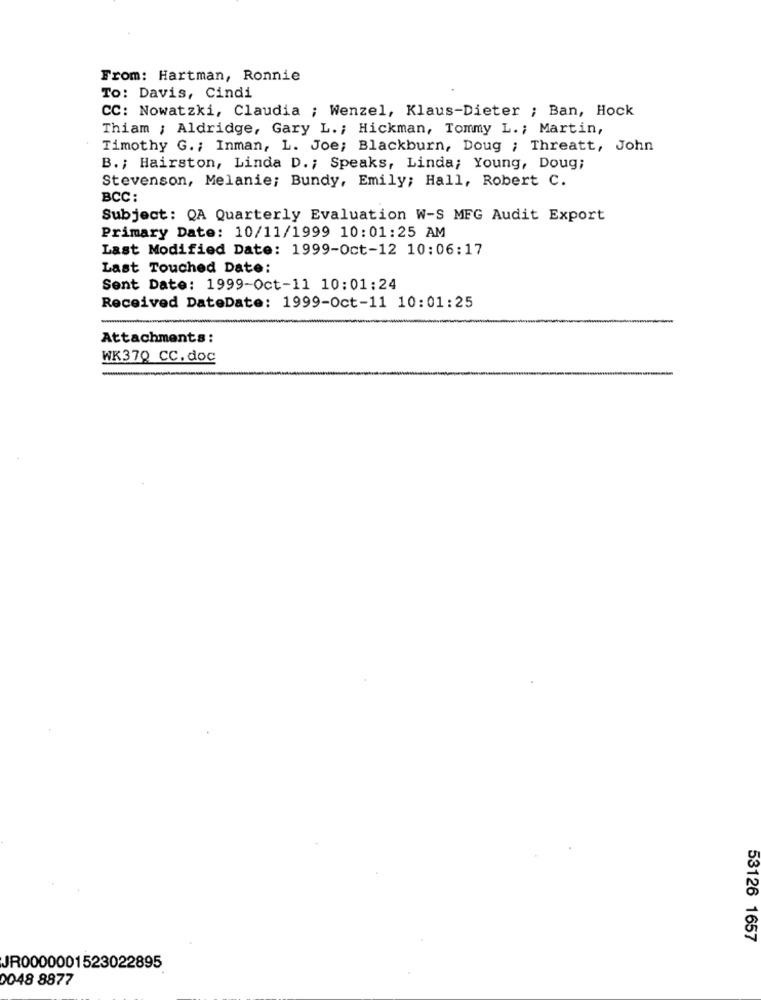
From: Hartman, Ronnie
To: Davis, Cindi
CC: Nowatzki, Claudia ; Wenzel, Klaus-Dieter ; Ban, Hock
Thiam ; Aldridge, Gary L .; Hickman, Tommy L. ; Martin,
Timothy G .; Inman, L. Joe; Blackburn, Doug ; Threatt, John
B .; Hairston, Linda D .; Speaks, Linda; Young, Doug;
Stevenson, Melanie; Bundy, Emily; Hall, Robert C.
BCC:
Subject: QA Quarterly Evaluation W-S MFG Audit Export
Primary Date: 10/11/1999 10:01:25 AM
Last Modified Date: 1999-Oct-12 10:06:17
Last Touched Date:
Sent Date: 1999-Oct-11 10:01:24
Received DateDate: 1999-Oct-11 10:01:25
Attachments:
WK370 CC. doc
-
53126 1657
JR0000001523022895
0048 8877